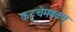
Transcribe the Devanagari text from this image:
कट्टूचेमबकम्